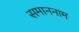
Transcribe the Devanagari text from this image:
समाननाम